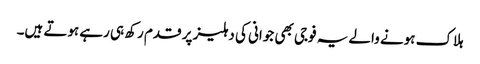
ہلاک ہونے والے یہ فوجی بھی جوانی کی دہلیز پر قدم رکھ ہی رہے ہوتے ہیں۔